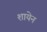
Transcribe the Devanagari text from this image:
शायेन